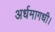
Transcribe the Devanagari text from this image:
अर्धमागधी।